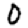
Digit: 0